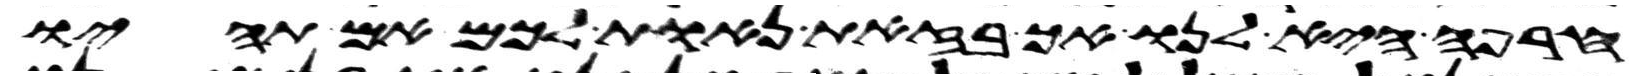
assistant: חרפה היא לנו אך בזאת נאות לכם אם תהיו